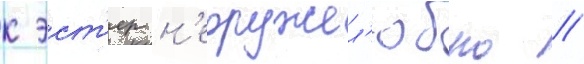
к эст'ер н'едружел'юбно //